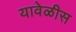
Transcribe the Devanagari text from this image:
यावेळीस